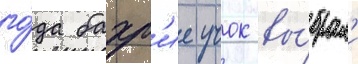
го́да бахр'ие учок вы́брал'и